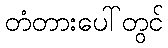
တံတားပေါ်တွင်